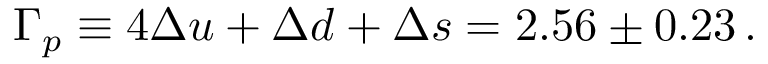
\Gamma _ { p } \equiv 4 \Delta u + \Delta d + \Delta s = 2 . 5 6 \pm 0 . 2 3 \, .